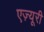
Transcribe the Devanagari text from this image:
एज़्यूरी